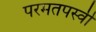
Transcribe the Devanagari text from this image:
परमतपस्वी